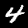
Label: 4